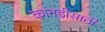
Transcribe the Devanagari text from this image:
कातडीसाठी